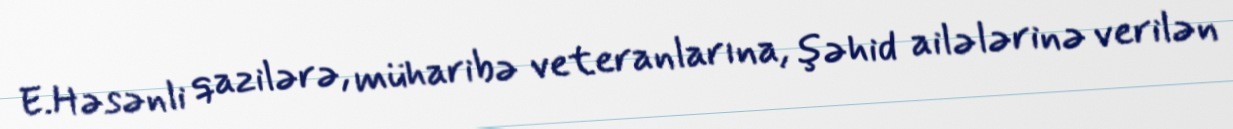
E.Həsənli qazilərə, müharibə veteranlarına, şəhid ailələrinə verilən